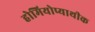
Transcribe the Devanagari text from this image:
होमियोप्याथीक